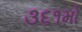
૩૬૧મો